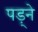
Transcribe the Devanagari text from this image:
पड़्ने